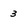
Character: 3